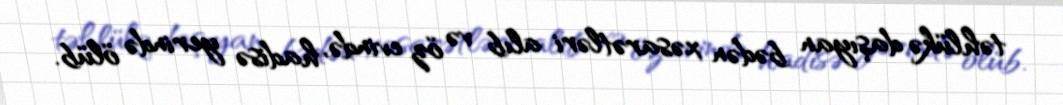
təhlükə daşıyan bədən xəsarətləri alıb və öz evində, hadisə yerində ölüb.